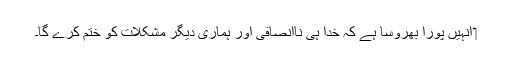
‏ اُنہیں پورا بھروسا ہے کہ خدا ہی نااِنصافی اور ہماری دیگر مشکلات کو ختم کرے گا۔